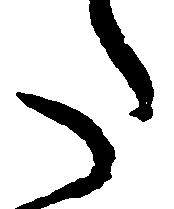
た